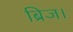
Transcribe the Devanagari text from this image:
ब्रिज।